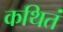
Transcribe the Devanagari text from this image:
कथितं